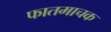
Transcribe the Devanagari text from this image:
फातमाचक